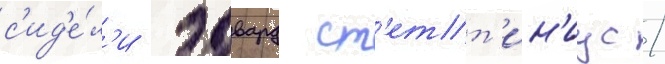
с'ид'е́л'и эдвард ст'етт'ин'иус /